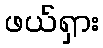
ဖယ်ရှား